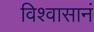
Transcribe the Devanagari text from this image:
विश्वासानं